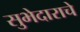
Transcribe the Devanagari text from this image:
सुभेदाराचे